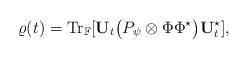
LaTeX: \begin{align*}\varrho(t)=\textrm{Tr}_\mathbb{F}[\mathbf{U}_t \big(P_\psi\otimes\Phi\Phi^\star\big)\mathbf{U}_t^\star],\end{align*}